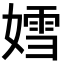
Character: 𡠭